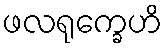
ဖလရုက္ခေဟိ